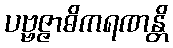
ပဗ္ဗဇ္ဇာဓိကရဏန္တိ